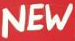
NEW